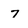
Character: 7